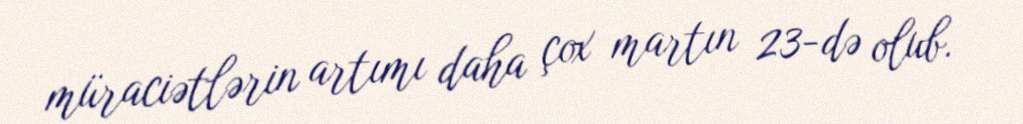
müraciətlərin artımı daha çox martın 23-də olub.